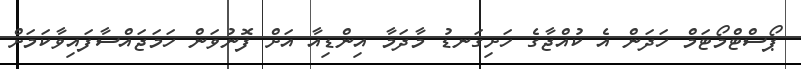
ޕޯސްޓްމޯޓަމް ހަދަން އެ ކުއްޖާގެ ހަށިގަނޑު މާދަމާ އިންޑިއާ އަށް ފޮނުވަން ހަމަޖައްސާފައިވާކަމަށް